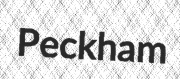
Peckham